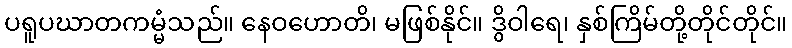
ပရူပဃာတကမ္မံသည်။ နေဝဟောတိ၊ မဖြစ်နိုင်။ ဒွိဝါရေ၊ နှစ်ကြိမ်တို့တိုင်တိုင်။